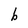
Character: b